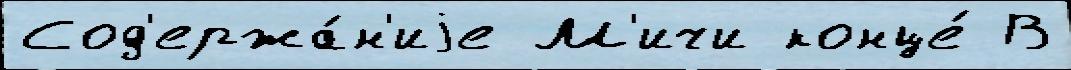
Сод'ержа́н'иjе М'ичи конце́ В